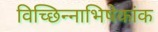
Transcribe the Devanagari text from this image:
विच्छिन्नाभिषेकांक